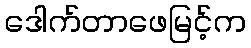
ဒေါက်တာဖေမြင့်က